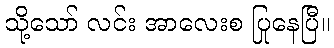
သို့သော် လင်း အာလေးစ ပြုနေပြီ။